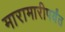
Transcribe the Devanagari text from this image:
मारामारीपर्यंत